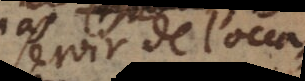
servir de l’occa